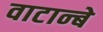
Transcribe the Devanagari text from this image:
वाटान्बे